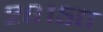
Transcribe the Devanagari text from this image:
२०१५त